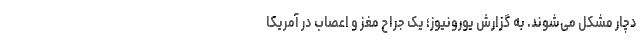
دچار مشکل می‌شوند. به گزارش یورونیوز؛ یک جراح مغز و اعصاب در آمریکا